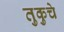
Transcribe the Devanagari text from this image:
तुकुचे